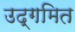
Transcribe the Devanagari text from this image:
उद्गमित